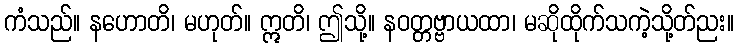
ကံသည်။ နဟောတိ၊ မဟုတ်။ ဣတိ၊ ဤသို့။ နဝတ္တဗ္ဗာယထာ၊ မဆိုထိုက်သကဲ့သို့တ်ညး။